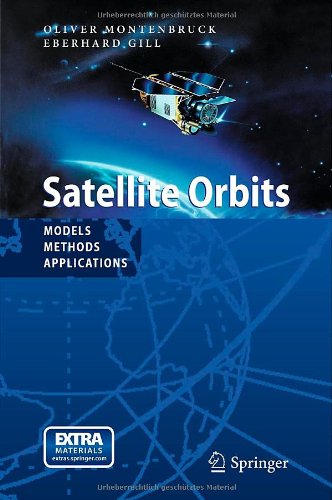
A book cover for Satellite Orbits: Models, Methods and Applications; Oliver Montenbruck; Science & Math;